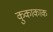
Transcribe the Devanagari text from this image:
कुकाकाक